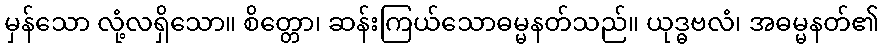
မှန်သော လုံ့လရှိသော။ စိတ္တော၊ ဆန်းကြယ်သောဓမ္မနတ်သည်။ ယုဒ္ဓဗလံ၊ အဓမ္မနတ်၏